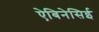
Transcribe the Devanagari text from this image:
ऐबिनेसिई